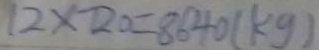
1 2 \times 7 2 0 = 8 6 4 0 ( k g )